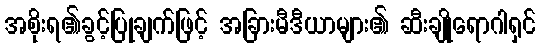
အစိုးရ၏ခွင့်ပြုချက်ဖြင့် အခြားမီဒီယာများ၏ ဆီးချိုရောဂါရှင်